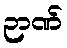
ဉာဏ်